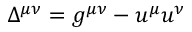
\Delta ^ { \mu \nu } = g ^ { \mu \nu } - u ^ { \mu } u ^ { \nu }